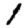
Digit: 1